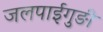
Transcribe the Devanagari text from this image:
जलपाईगुङी